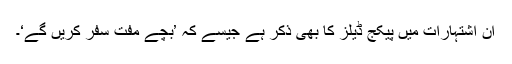
ان اشتہارات میں پیکج ڈیلز کا بھی ذکر ہے جیسے کہ ’بچے مفت سفر کریں گے‘۔